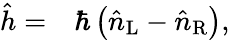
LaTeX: \begin{array}{rl}{\hat{h}=}&{{}\hbar\left(\hat{n}_{\mathrm{L}}-\hat{n}_{\mathrm{R}}\right),}\end{array}